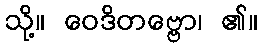
သို့။ ဝေဒိတဗ္ဗော၊ ၏။